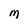
Character: M